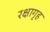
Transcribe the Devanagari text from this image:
रक्षागृह